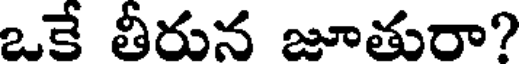
ఒకే తీరున జూతురా?